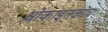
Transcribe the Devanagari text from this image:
श्लोकाइतकाच